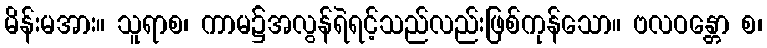
မိန်းမအား။ သူရာစ၊ ကာမ၌အလွန်ရဲရင့်သည်လည်းဖြစ်ကုန်သော။ ဗလဝန္တော စ၊